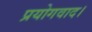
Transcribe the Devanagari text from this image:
प्रयोगवाद।